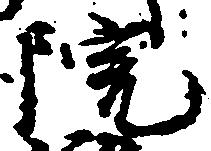
院